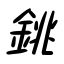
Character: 銚